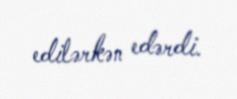
edilərkən edərdi.